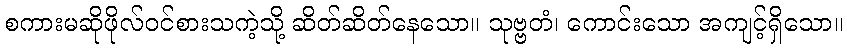
စကားမဆိုဖိုလ်ဝင်စားသကဲ့သို့ ဆိတ်ဆိတ်နေသော။ သုဗ္ဗတံ၊ ကောင်းသော အကျင့်ရှိသော။